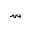
\rightsquigarrow